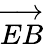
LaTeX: \overrightarrow{EB}